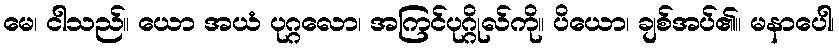
မေ၊ ငါသည်။ ယော အယံ ပုဂ္ဂလော၊ အကြင်ပုဂ္ဂိုလ်ကို။ ပိယော၊ ချစ်အပ်၏။ မနာပေါ၊